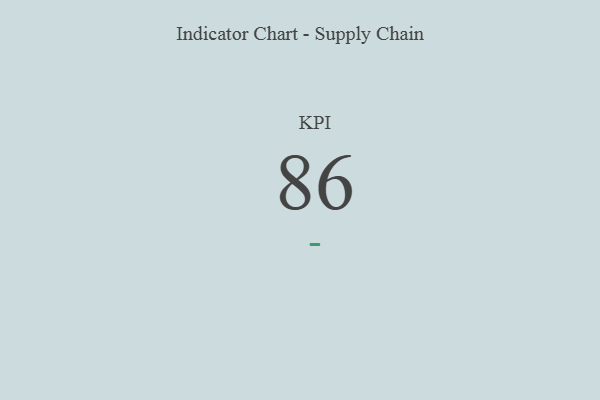
{"axis": {"x": "KPI", "y": "Value"}, "legend": [""], "data": [{"x": "KPI", "y": 86, "type": ""}]}